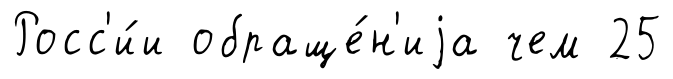
Росс'и́и обраще́н'иjа чем 25